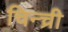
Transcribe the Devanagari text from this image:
चिन्च्री